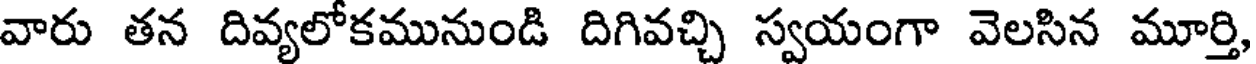
వారు తన దివ్యలోకమునుండి దిగివచ్చి స్వయంగా వెలసిన మూర్తి